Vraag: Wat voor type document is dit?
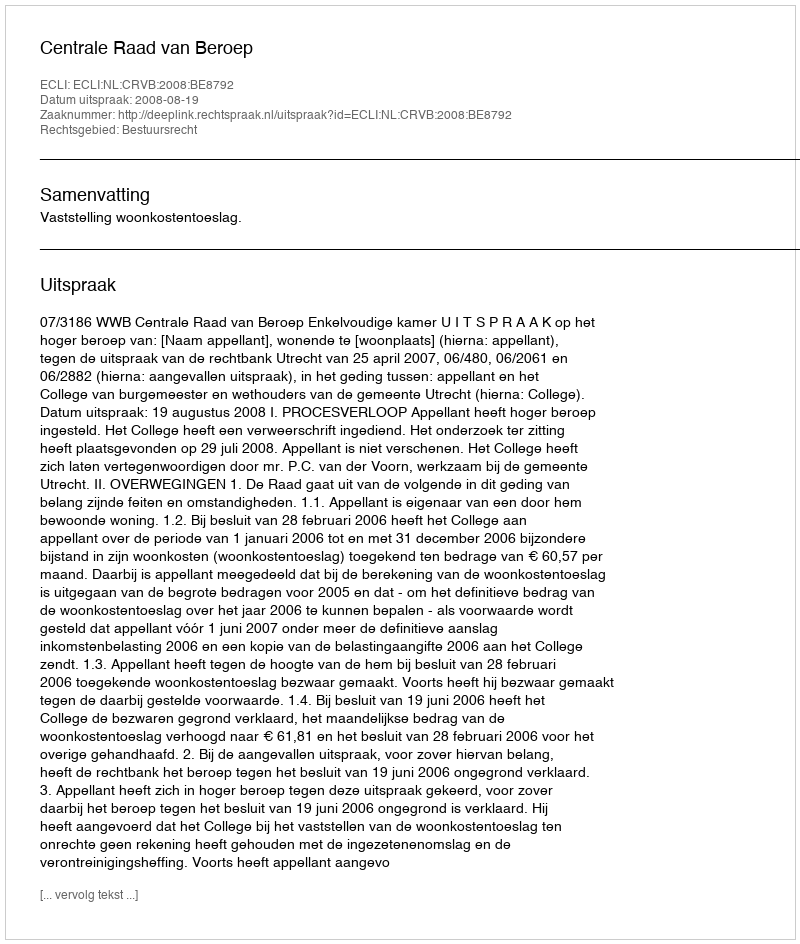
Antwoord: Uitspraak